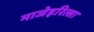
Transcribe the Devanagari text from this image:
माजेइरित्सा